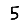
Digit: 5